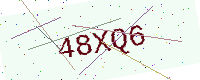
Text: 48XQ6